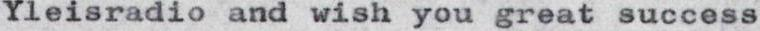
Yleisradio and wish you great success